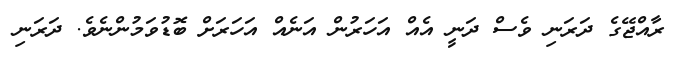
ރާއްޖޭގެ ދަރަނި ވެސް ދަނީ އެއް އަހަރުން އަނެއް އަހަރަށް ބޮޑުވަމުންނެވެ. ދަރަނި